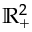
\mathbb { R } _ { + } ^ { 2 }